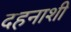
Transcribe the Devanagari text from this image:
दहनाशी